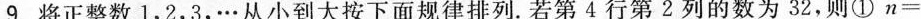
9.将正整数1，2，3，…从小到大按下面规律排列。若第4行第2列的数为32，则①$$n =